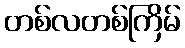
တစ်လတစ်ကြိမ်